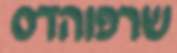
שרפוהדס